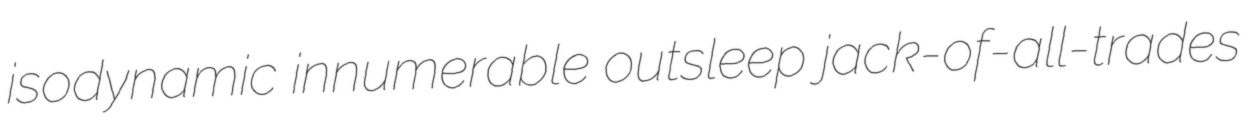
isodynamic innumerable outsleep jack-of-all-trades